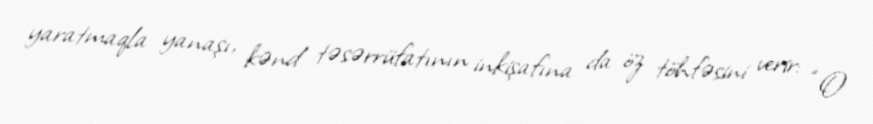
yaratmaqla yanaşı, kənd təsərrüfatının inkişafına da öz töhfəsini verir: “O